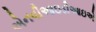
એનવીઆઇડીઆઇએ